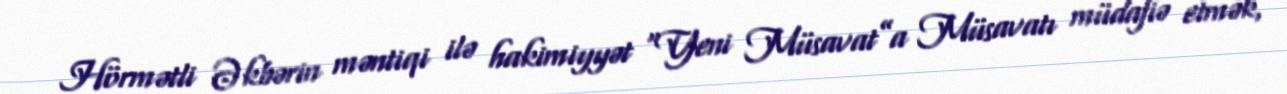
Hörmətli Əkbərin məntiqi ilə hakimiyyət “Yeni Müsavat”a Müsavatı müdafiə etmək,